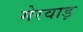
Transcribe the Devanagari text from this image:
मेरवाड़